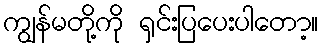
ကျွန်မတို့ကို ရှင်းပြပေးပါတော့။